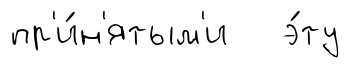
пр'и́н'ятым'и э́ту